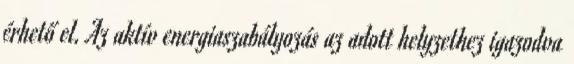
érhető el. Az aktív energiaszabályozás az adott helyzethez igazodva